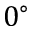
0 ^ { \circ }